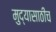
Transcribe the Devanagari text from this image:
मुद्यासाठीच